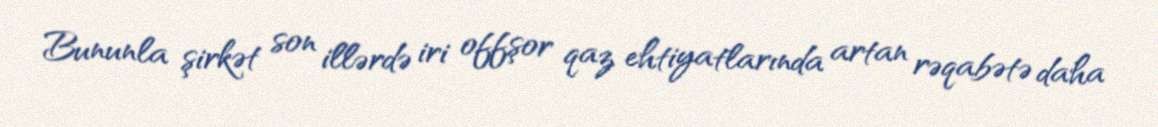
Bununla şirkət son illərdə iri offşor qaz ehtiyatlarında artan rəqabətə daha